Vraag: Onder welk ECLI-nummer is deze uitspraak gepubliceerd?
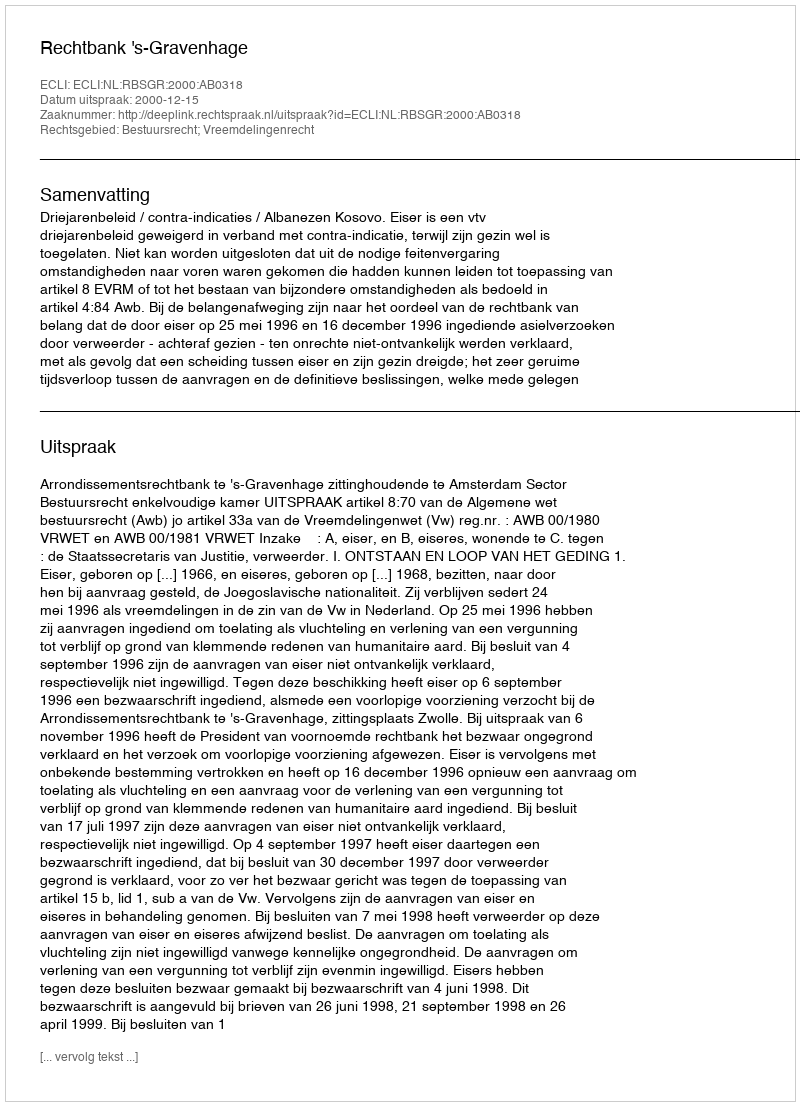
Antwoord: ECLI:NL:RBSGR:2000:AB0318